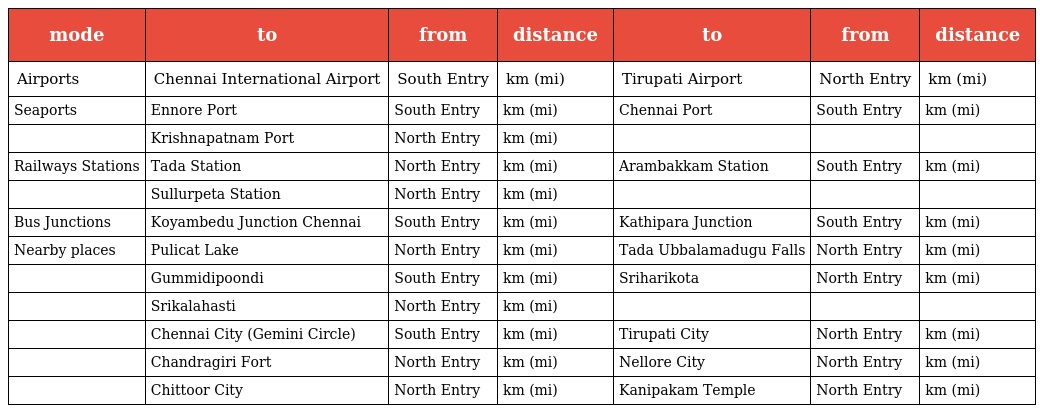
| mode | to | from | distance | to | from | distance |
 | --- | --- | --- | --- | --- | --- | --- |
 | Airports | Chennai International Airport | South Entry | km (mi) | Tirupati Airport | North Entry | km (mi) |
 | Seaports | Ennore Port | South Entry | km (mi) | Chennai Port | South Entry | km (mi) |
 |  | Krishnapatnam Port | North Entry | km (mi) |  |  |  |
 | Railways Stations | Tada Station | North Entry | km (mi) | Arambakkam Station | South Entry | km (mi) |
 |  | Sullurpeta Station | North Entry | km (mi) |  |  |  |
 | Bus Junctions | Koyambedu Junction Chennai | South Entry | km (mi) | Kathipara Junction | South Entry | km (mi) |
 | Nearby places | Pulicat Lake | North Entry | km (mi) | Tada Ubbalamadugu Falls | North Entry | km (mi) |
 |  | Gummidipoondi | South Entry | km (mi) | Sriharikota | North Entry | km (mi) |
 |  | Srikalahasti | North Entry | km (mi) |  |  |  |
 |  | Chennai City (Gemini Circle) | South Entry | km (mi) | Tirupati City | North Entry | km (mi) |
 |  | Chandragiri Fort | North Entry | km (mi) | Nellore City | North Entry | km (mi) |
 |  | Chittoor City | North Entry | km (mi) | Kanipakam Temple | North Entry | km (mi) |